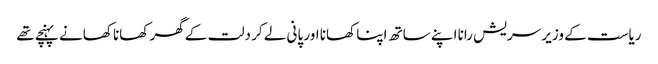
ریاست کے وزیر سریش رانا اپنے ساتھ اپنا کھانا اور پانی لے کر دلت کے گھر کھانا کھانے پہنچے تھے